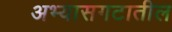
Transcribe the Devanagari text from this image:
अभ्यासगटातील